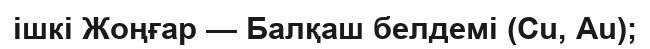
ішкі Жоңғар — Балқаш белдемі (Сu, Аu);